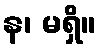
န၊ မရှိ။